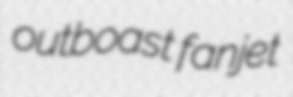
outboast fanjet